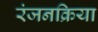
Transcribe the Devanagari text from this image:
रंजनक्रिया